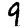
Digit: 9